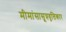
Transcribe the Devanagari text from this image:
मीमांसासूत्रवृत्तिकार